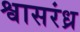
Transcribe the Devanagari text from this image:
श्वासरंध्र